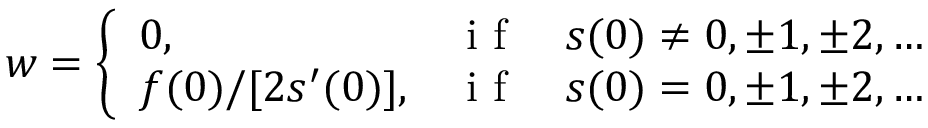
w = \left\{ \begin{array} { l l } { { 0 , } } & { { { \textrm { i f } } \quad s ( 0 ) \ne 0 , \pm 1 , \pm 2 , \ldots } } \\ { { f ( 0 ) / [ 2 s ^ { \prime } ( 0 ) ] , } } & { { { \textrm { i f } } \quad s ( 0 ) = 0 , \pm 1 , \pm 2 , \ldots } } \end{array} \right.